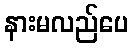
နားမလည်ပေ